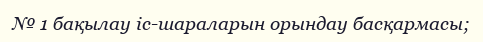
№ 1 бақылау іс-шараларын орындау басқармасы;